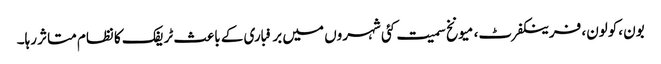
بون ،کولون، فرینکفرٹ، میونخ سمیت کئی شہروں میں برفباری کے باعث ٹریفک کا نظام متاثر رہا۔